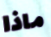
ماذا